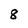
Character: 8